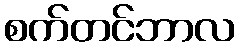
စက်တင်ဘာလ